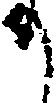
か